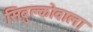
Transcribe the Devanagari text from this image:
सिबुल्कोवाला